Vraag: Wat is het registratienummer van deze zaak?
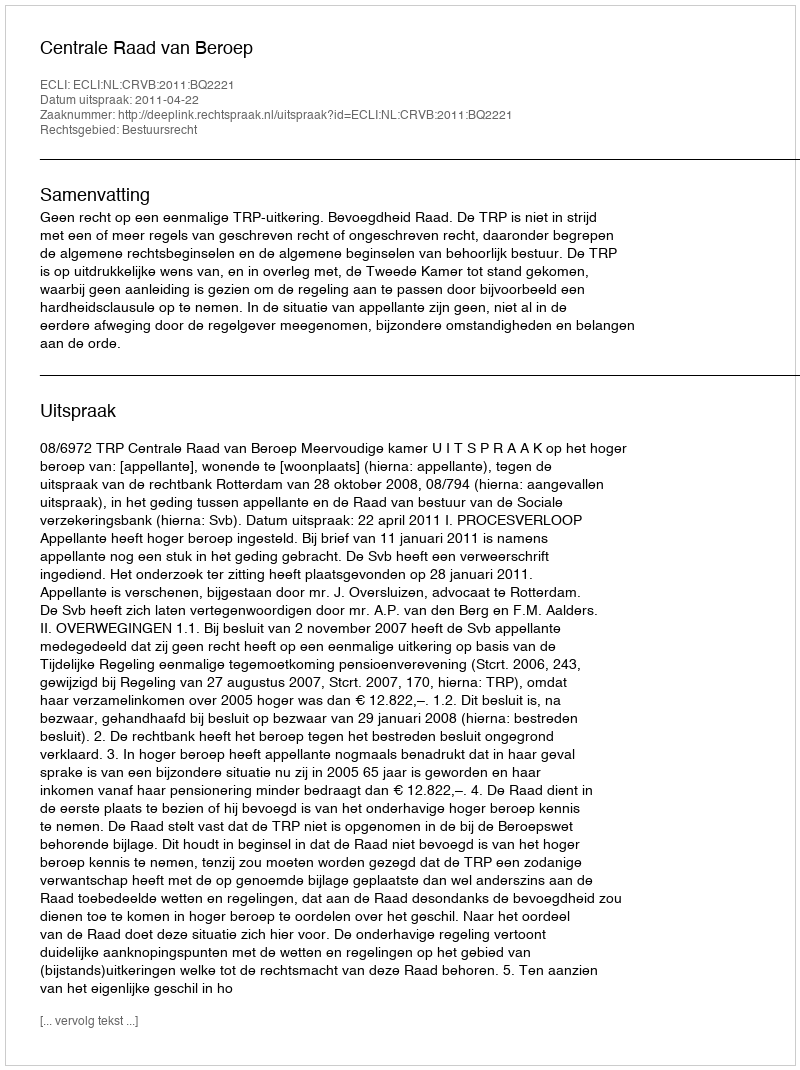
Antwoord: http://deeplink.rechtspraak.nl/uitspraak?id=ECLI:NL:CRVB:2011:BQ2221